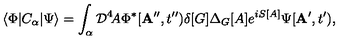
\langle \Phi | C _ { \alpha } | \Psi \rangle = \int _ { \alpha } { \cal D } ^ { 4 } \! A \Phi ^ { * } [ { \bf A } ^ { \prime \prime } , t ^ { \prime \prime } ) \delta [ G ] \Delta _ { G } [ A ] e ^ { i S [ A ] } \Psi [ { \bf A } ^ { \prime } , t ^ { \prime } ) ,